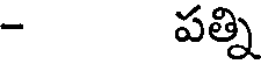
- పత్ని